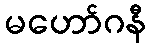
မဟော်ဂနီ